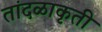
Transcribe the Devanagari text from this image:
तांदळाकृती